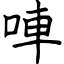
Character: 唓